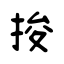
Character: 捘